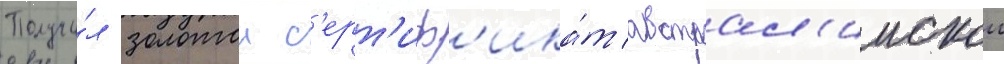
Получи́л золотои с'ерт'иф'ика́т австрал'иискои